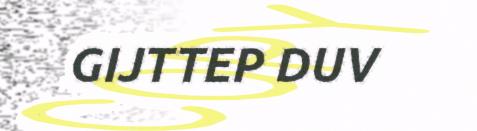
GIJTTEP DUV